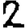
Digit: 2